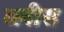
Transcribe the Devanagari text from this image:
ब्लीस